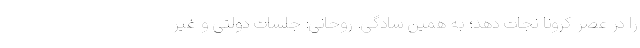
را در عصر کرونا نجات دهد؛ به همین سادگی. روحانی: جلسات دولتی و غیر